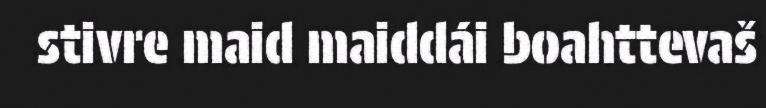
stivre maid maiddái boahttevaš